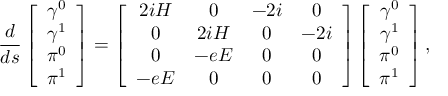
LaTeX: \frac d { d s } \left[ \begin{array} { c } { { \gamma ^ { 0 } } } \\ { { \gamma ^ { 1 } } } \\ { { \pi ^ { 0 } } } \\ { { \pi ^ { 1 } } } \end{array} \right] = \left[ \begin{array} { c c c c } { { 2 i { \cal H } } } & { { 0 } } & { { - 2 i } } & { { 0 } } \\ { { 0 } } & { { 2 i { \cal H } } } & { { 0 } } & { { - 2 i } } \\ { { 0 } } & { { - e E } } & { { 0 } } & { { 0 } } \\ { { - e E } } & { { 0 } } & { { 0 } } & { { 0 } } \end{array} \right] \left[ \begin{array} { c } { { \gamma ^ { 0 } } } \\ { { \gamma ^ { 1 } } } \\ { { \pi ^ { 0 } } } \\ { { \pi ^ { 1 } } } \end{array} \right] ,